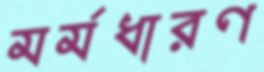
মর্মধারণ